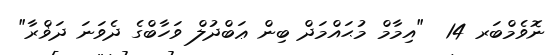
ނޮވެމްބަރ 14  "އިމާމް މުޙައްމަދް ބިން ޢަބްދުލް ވަހާބްގެ ދެވަނަ ދަޥްރާ"